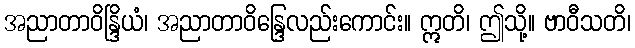
အညာတာဝိန္ဒြိယံ၊ အညာတာဝိန္ဒြေလည်းကောင်း။ ဣတိ၊ ဤသို့။ ဗာဝီသတိ၊